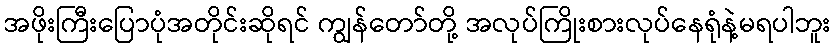
အဖိုးကြီးပြောပုံအတိုင်းဆိုရင် ကျွန်တော်တို့ အလုပ်ကြိုးစားလုပ်နေရုံနဲ့မရပါဘူး